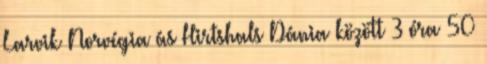
Larvik Norvégia ás Hirtshals Dánia között 3 óra 50